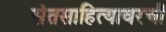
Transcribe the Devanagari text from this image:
संतसाहित्यावरची